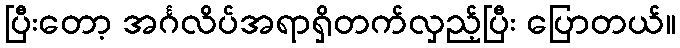
ပြီးတော့ အင်္ဂလိပ်အရာရှိတက်လှည့်ပြီး ပြောတယ်။